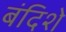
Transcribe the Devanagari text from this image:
बंदिशे